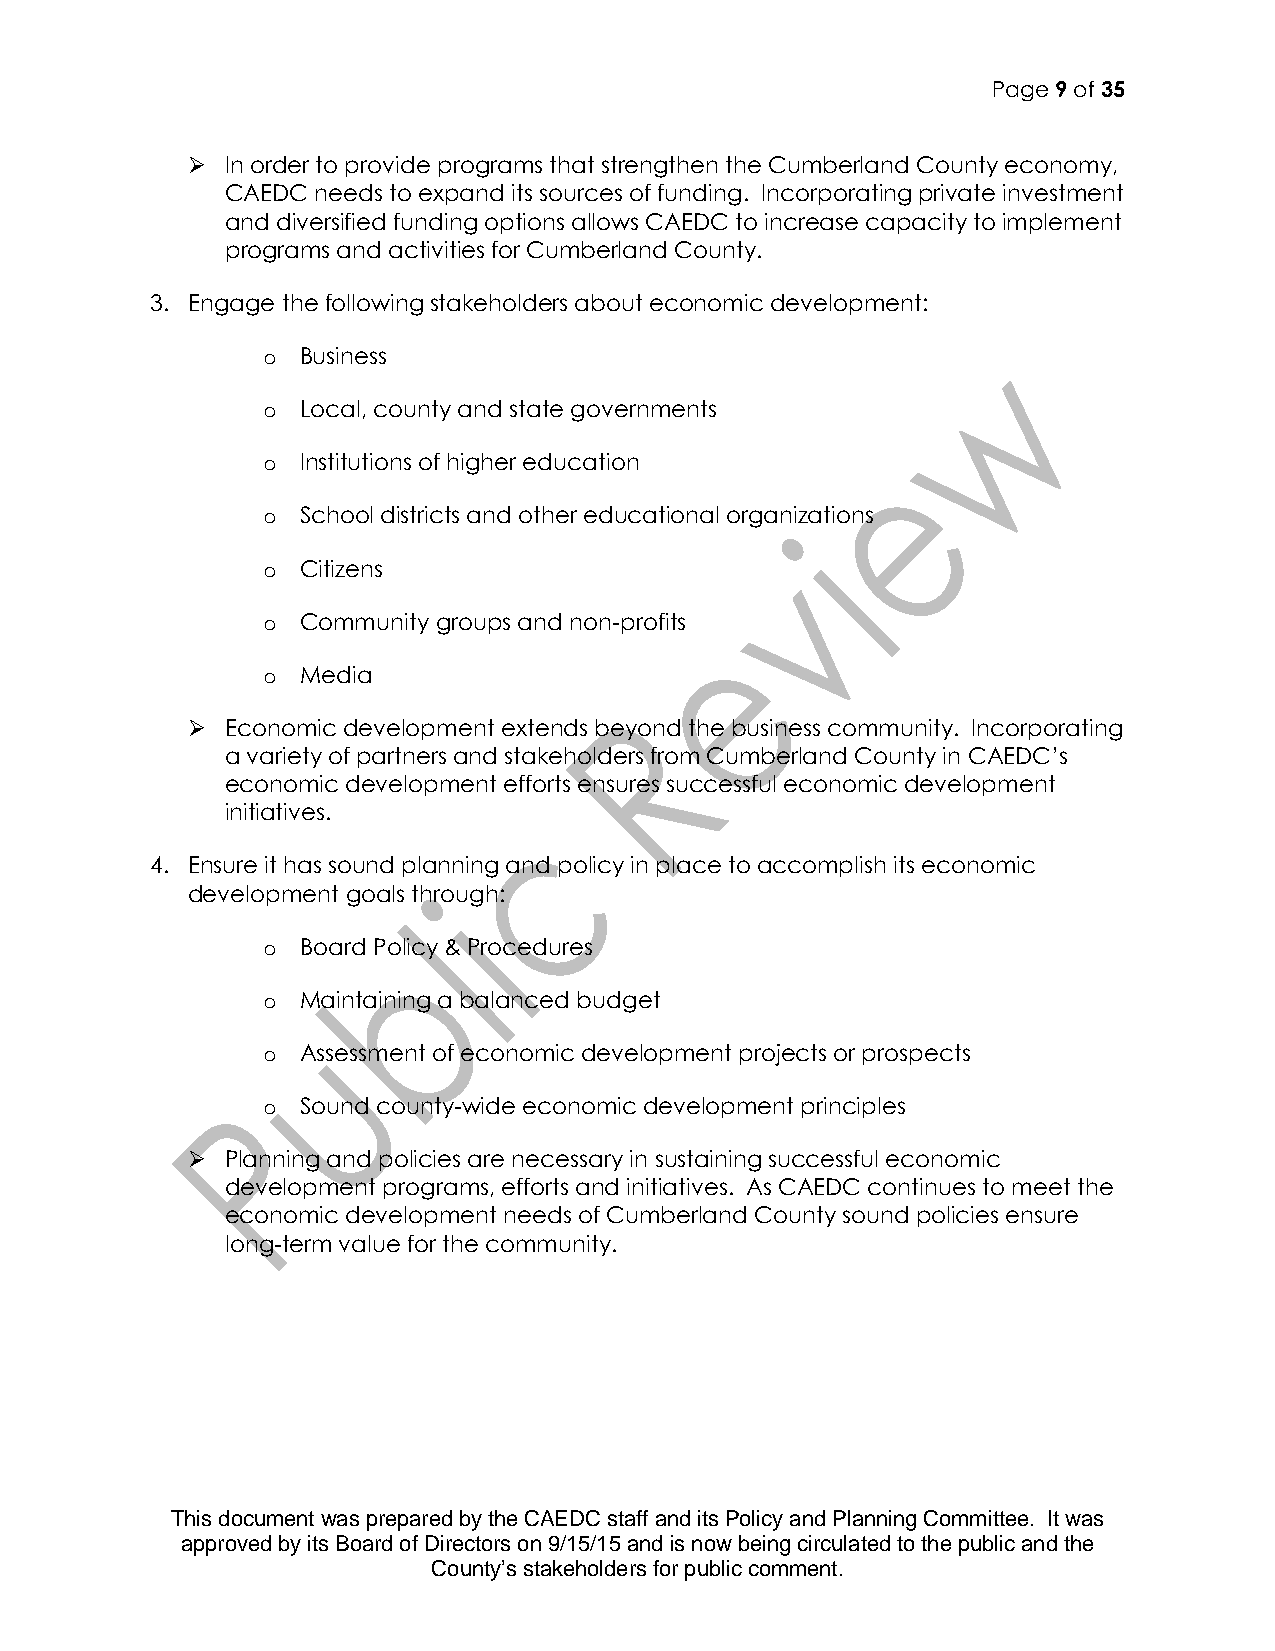
Page 9 of 35
   In order to provide programs that strengthen the Cumberland County economy,
 CAEDC needs to expand its sources of funding. Incorporating private investment
 and diversified funding options allows CAEDC to increase capacity to implement
 programs and activities for Cumberland County.
 3. Engage the following stakeholders about economic development:
 o  Business
 o  Local, county and state governments
 o  Institutions of higher education
 o  School districts and other educational organizations
 o  Citizens
 o  Community groups and non-profits
 o  Media
   Economic development extends beyond the business community. Incorporating
 a variety of partners and stakeholders from Cumberland County in CAEDC’s
 economic development efforts ensures successful economic development
 initiatives.
 4. Ensure it has sound planning and policy in place to accomplish its economic
 development goals through:
 o  Board Policy & Procedures
 o  Maintaining a balanced budget
 o  Assessment of economic development projects or prospects
 o  Sound county-wide economic development principles
   Planning and policies are necessary in sustaining successful economic
 development programs, efforts and initiatives. As CAEDC continues to meet the
 economic development needs of Cumberland County sound policies ensure
 long-term value for the community.
 This document was prepared by the CAEDC staff and its Policy and Planning Committee. It was
 approved by its Board of Directors on 9/15/15 and is now being circulated to the public and the
 County’s stakeholders for public comment.